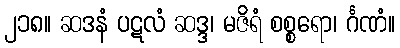
၂၁၈။ ဆဒနံ ပဋလံ ဆဒ္ဒ၊ မဇိရံ စစ္စရော၊ င်္ဂဏံ။